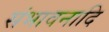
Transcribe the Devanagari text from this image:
संभावनादि